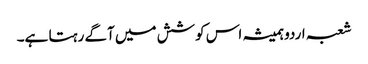
شعبہ اردو ہمیشہ اس کوشش میں آگے رہتا ہے۔